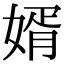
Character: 婿